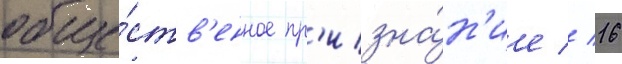
обще́ств'енное пр'изна́н'ие // 16